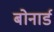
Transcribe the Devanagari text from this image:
बोनार्ड